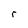
Character: r